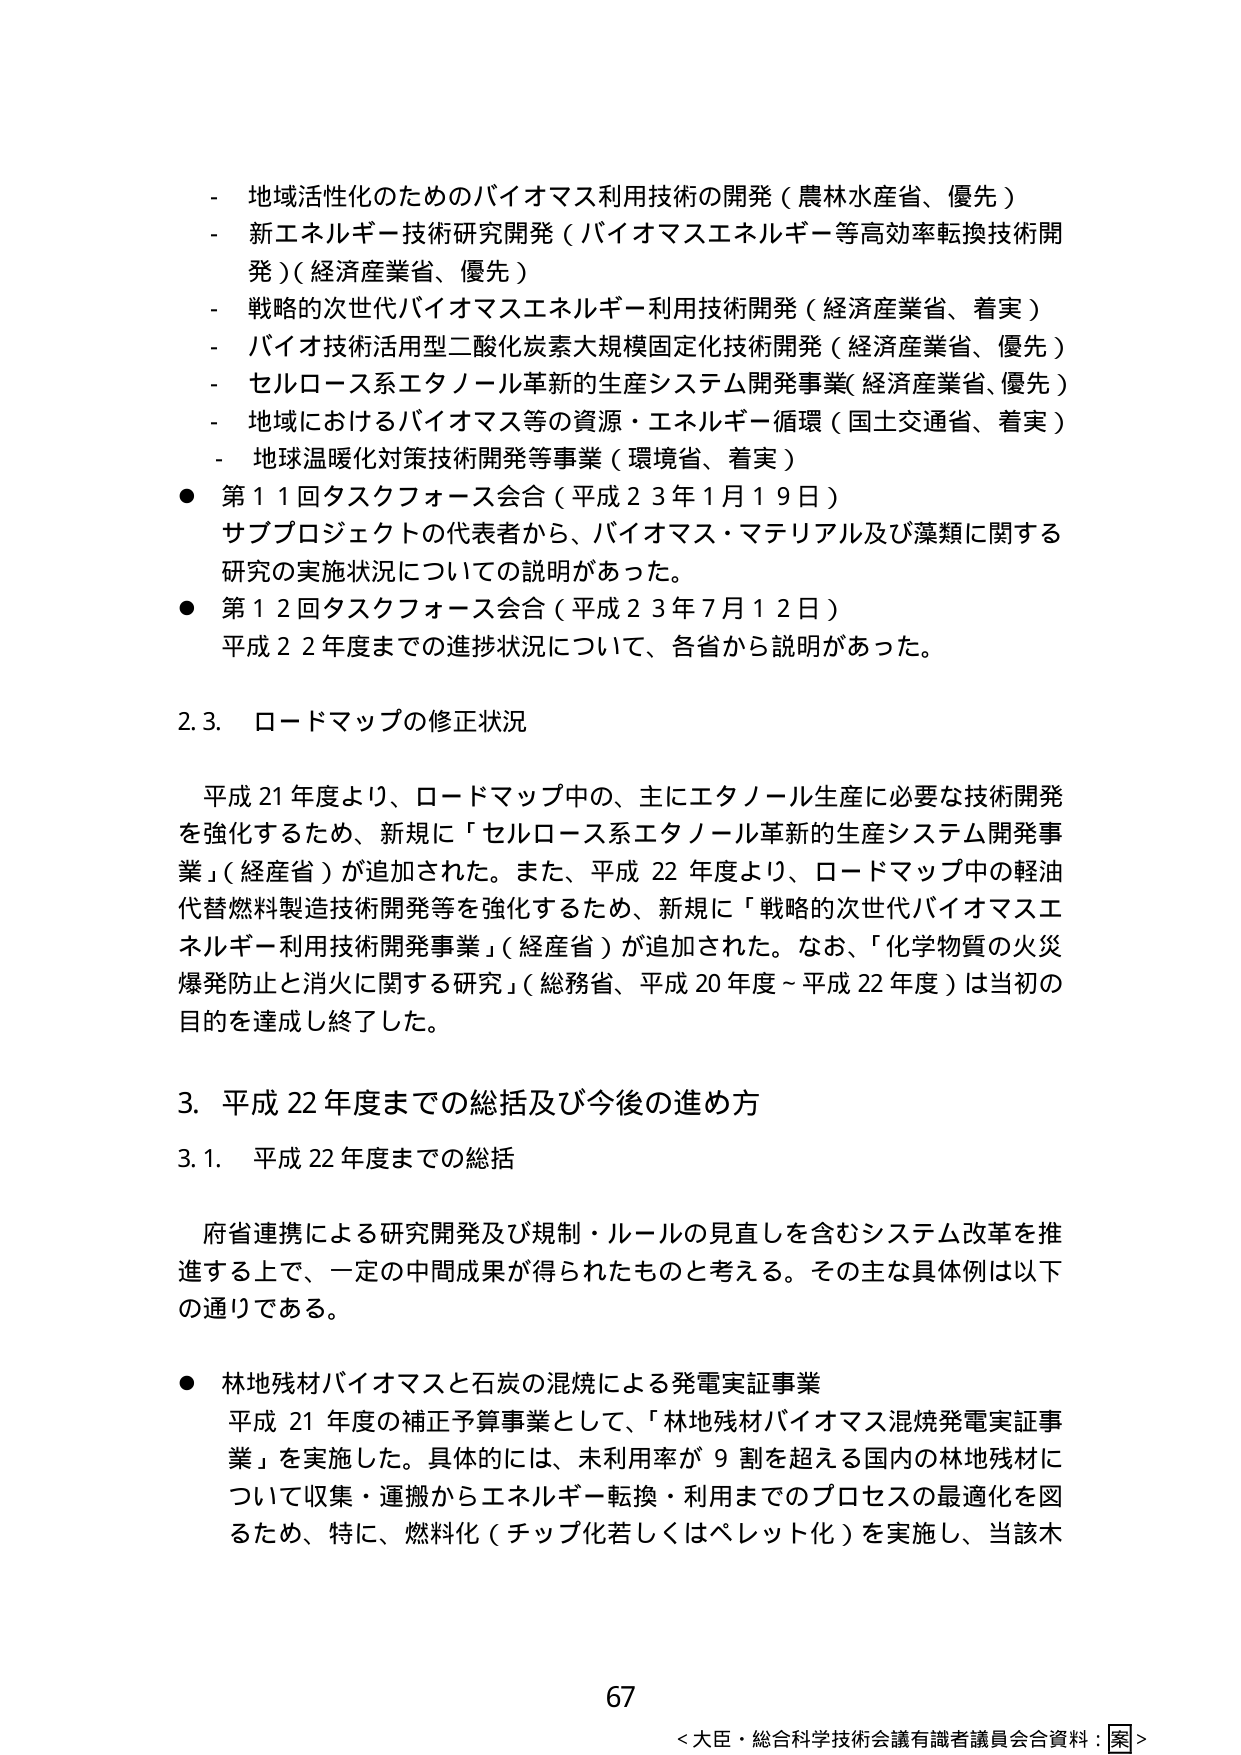
- 地域活性化のためのバイオマス利用技術の開発（農林水産省、優先）
- 新エネルギー技術研究開発（バイオマスエネルギー等高効率転換技術開発）（経済産業省、優先）
- 戦略的次世代バイオマスエネルギー利用技術開発（経済産業省、着実）
- バイオ技術活用型二酸化炭素大規模固定化技術開発（経済産業省、優先）
- セルロース系エタノール革新的生産システム開発事業（経済産業省、優先）
- 地域におけるバイオマス等の資源・エネルギー循環（国土交通省、着実）
- 地球温暖化対策技術開発等事業（環境省、着実）

● 第11回タスクフォース会合（平成23年1月19日）
サブプロジェクトの代表者から、バイオマス・マテリアル及び藻類に関する研究の実施状況についての説明があった。

● 第12回タスクフォース会合（平成23年7月12日）
平成22年度までの進捗状況について、各省から説明があった。

2.3. ロードマップの修正状況

平成21年度より、ロードマップ中の、主にエタノール生産に必要な技術開発を強化するため、新規に「セルロース系エタノール革新的生産システム開発事業」（経産省）が追加された。また、平成22年度より、ロードマップ中の軽油代替燃料製造技術開発等を強化するため、新規に「戦略的次世代バイオマスエネルギー利用技術開発事業」（経産省）が追加された。なお、「化学物質の火災爆発防止と消火に関する研究」（総務省、平成20年度～平成22年度）は当初の目的を達成し終了した。

3. 平成22年度までの総括及び今後の進め方

3.1. 平成22年度までの総括

府省連携による研究開発及び規制・ルールの見直しを含むシステム改革を推進する上で、一定の中間成果が得られたものと考える。その主な具体例は以下の通りである。

● 林地残材バイオマスと石炭の混焼による発電実証事業
平成21年度の補正予算事業として、「林地残材バイオマス混焼発電実証事業」を実施した。具体的には、未利用率が9割を超える国内の林地残材について収集・運搬からエネルギー転換・利用までのプロセスの最適化を図るため、特に、燃料化（チップ化若しくはペレット化）を実施し、当該木

67
＜大臣・総合科学技術会議有識者議員会合資料：案＞